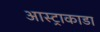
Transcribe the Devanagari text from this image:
आस्ट्राकाडा